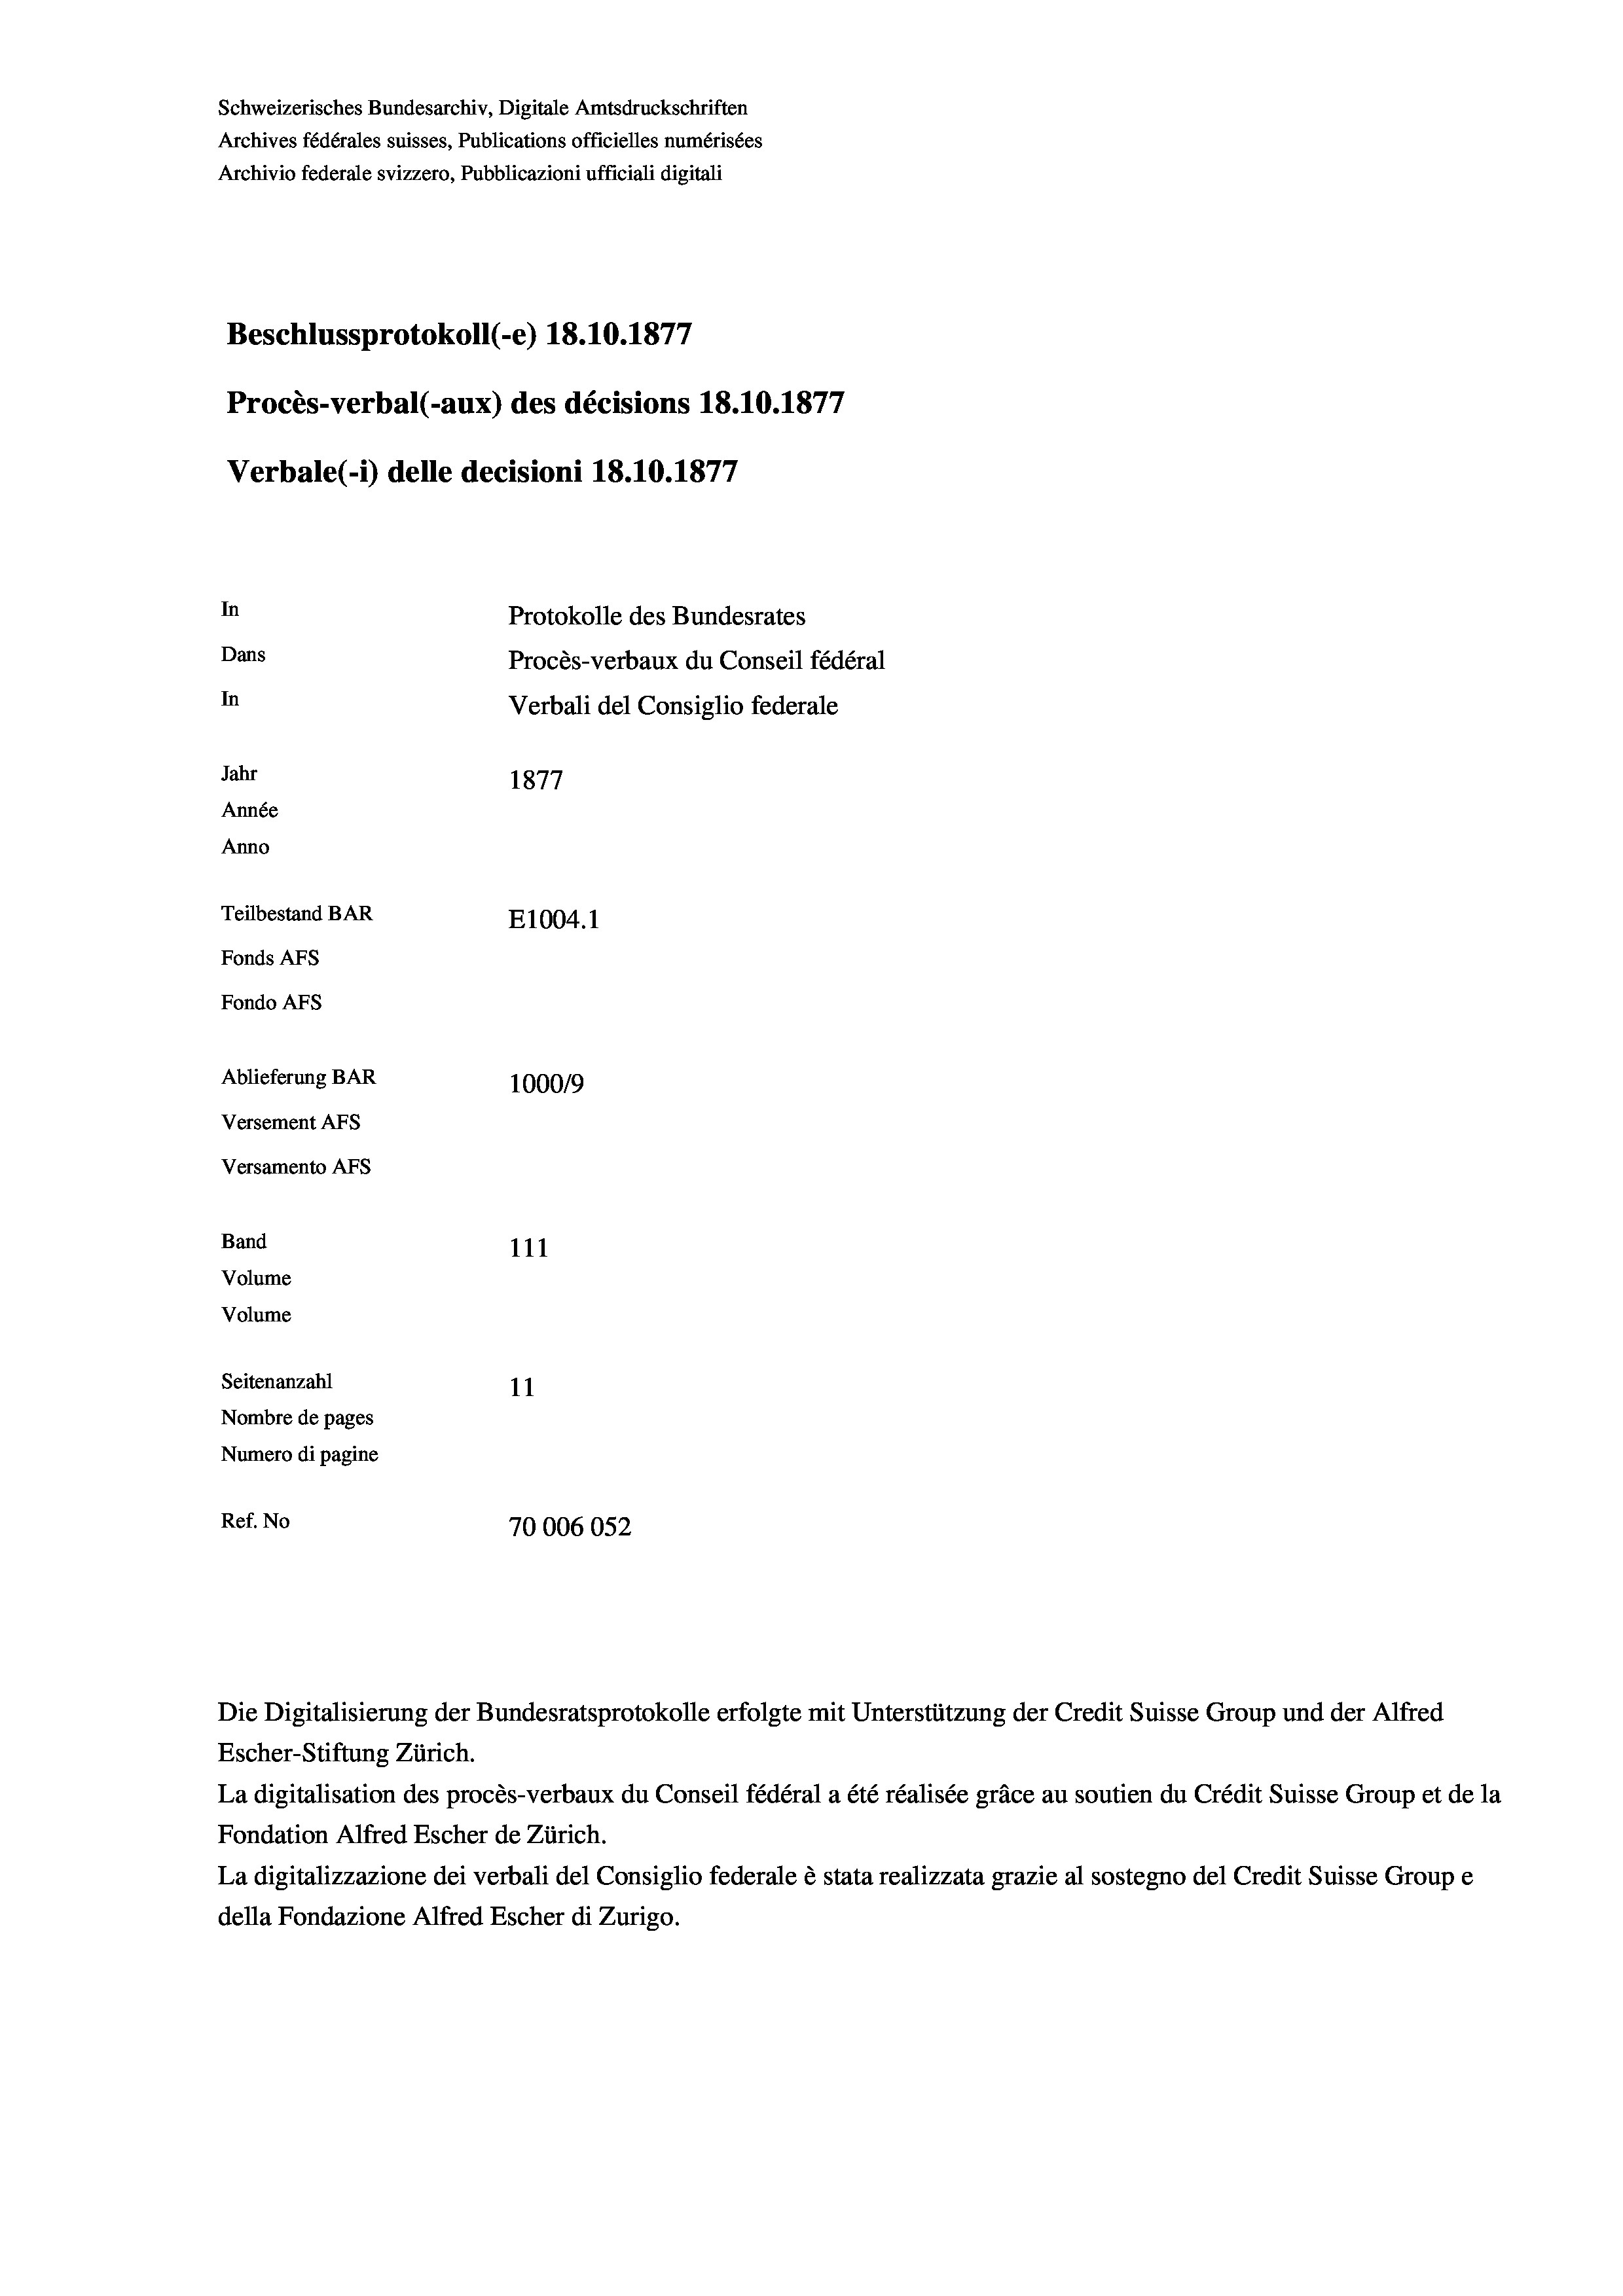
Schweizerisches Bundesarchiv, Digitale Amtsdruckschriften
Archives fédérales suisses, Publications officielles numérisées
Archivio federale svizzero, Pubblicazioni ufficiali digitali
Beschlussprotokoll (-e) 18.10.1877
27
Procès-verbal (-aux) des décisions 18.10.1877
Verbale (1) delle decisioni 18.10.1877
In
Protokolle des Bundesrates
Dans
Procès-verbaux du Conseil fédéral
In
Verbali del Consiglio federale
Jahr
1877
Année
Anno
Teilbestand BAR
E1004. 1
Fonds Afs
Fondo AFs
Ablieferung BAR
100019
Versement Abs
Versamento Afs

Band
Volume
Volume

111
Seitenanzahl
11
Nombre de pages
Numero di pagine
Ref. No
70006052

Escher-Stiftung Zürich.
La digitalisation des procès-verbaux du Conseil fédéral a été réalisée gräce au soutien du Crédit Suisse Group et de la
Fondation Alfred Escher de Zürich.
La digitalizzazione dei verbali del Consiglio federale è stata realizzata grazie al sostegno del Credit Suisse Groupe
della Fondazione Alfred Escher di Zurigo.

Die Digitalisierung der Bundesratsprotokolle erfolgte mit Unterstützung der Credit Suisse Group und der Alfred